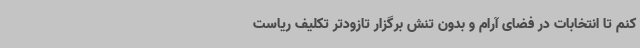
کنم تا انتخابات در فضای آرام و بدون تنش برگزار تازودتر تکلیف ریاست